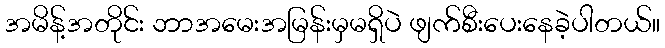
အမိန့်အတိုင်း ဘာအမေးအမြန်းမှမရှိပဲ ဖျက်စီးပေးနေခဲ့ပါတယ်။